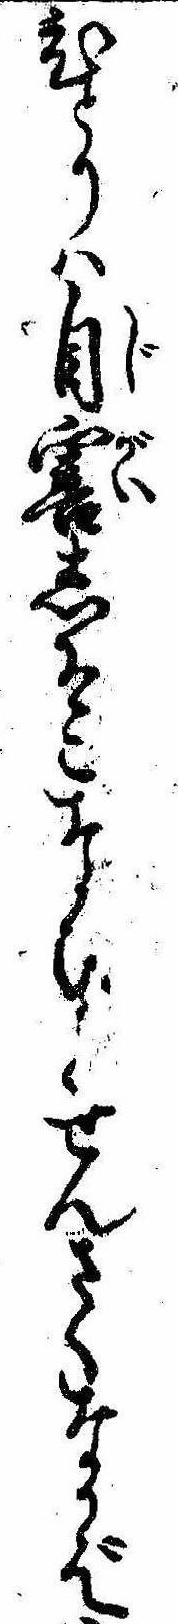
ひとりは自害しそこなひせんさくなかば